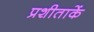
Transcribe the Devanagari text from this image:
प्रशीताकें